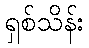
ရှစ်သိန်း